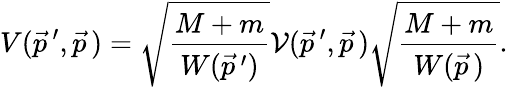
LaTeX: V(\vec{p}\, ^{\prime},\vec{p}\, )=\sqrt{\frac{M+m}{W(\vec{p}\, ^{\prime})}}{\cal V}(\vec{p}\, ^{\prime},\vec{p}\, )\sqrt{\frac{M+m}{W(\vec{p}\, )}}.